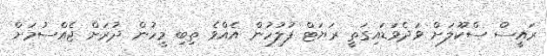
ރައީސް ސްކޫލަށް ވަދެވަޑައިގަތީ ރަޔަޓް ފުލުހުން އެއްވެ ތިބި މީހުން ދުރަށް ޖެއްސުމަށް